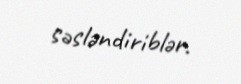
səsləndiriblər.